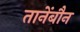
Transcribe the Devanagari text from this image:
तानेंबौन